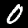
Digit: 0